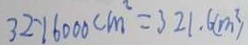
3 2 . 1 6 0 0 0 c m ^ { 2 } = 3 2 1 . 6 ( m ^ { 2 } )